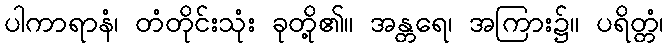
ပါကာရာနံ၊ တံတိုင်းသုံး ခုတို့၏။ အန္တရေ၊ အကြား၌။ ပရိတ္တံ၊